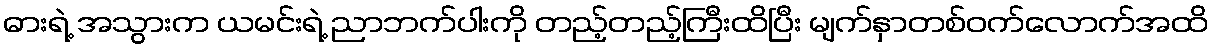
ဓားရဲ့ အသွားက ယမင်းရဲ့ ညာဘက်ပါးကို တည့်တည့်ကြီးထိပြီး မျက်နှာတစ်ဝက်လောက်အထိ